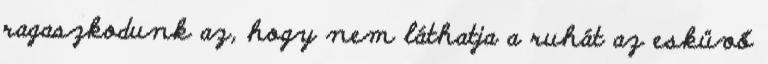
ragaszkodunk az, hogy nem láthatja a ruhát az esküvő